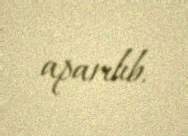
aparılıb.